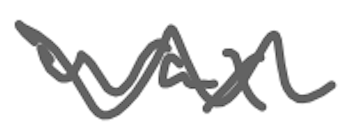
Text: wax
Cross-out: wave
Writing tool: digital_gray